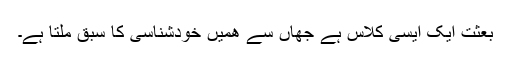
بعثت ایک ایسی کلاس ہے جھاں سے ھمیں خودشناسی کا سبق ملتا ہے۔